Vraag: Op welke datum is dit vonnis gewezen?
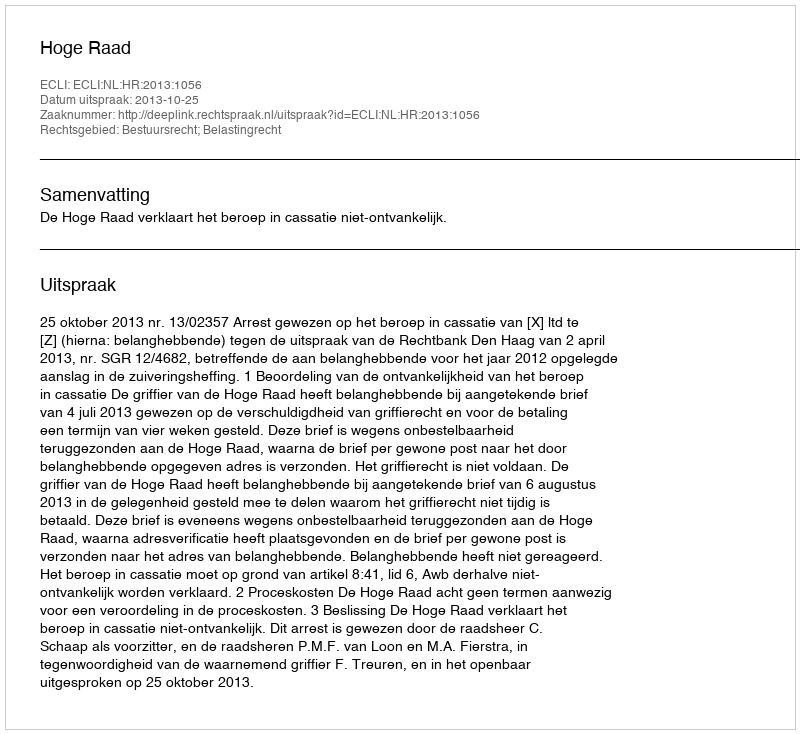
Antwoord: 2013-10-25